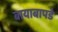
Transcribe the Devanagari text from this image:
बायाबापडे